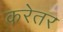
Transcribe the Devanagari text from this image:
करेतर